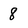
Character: 8